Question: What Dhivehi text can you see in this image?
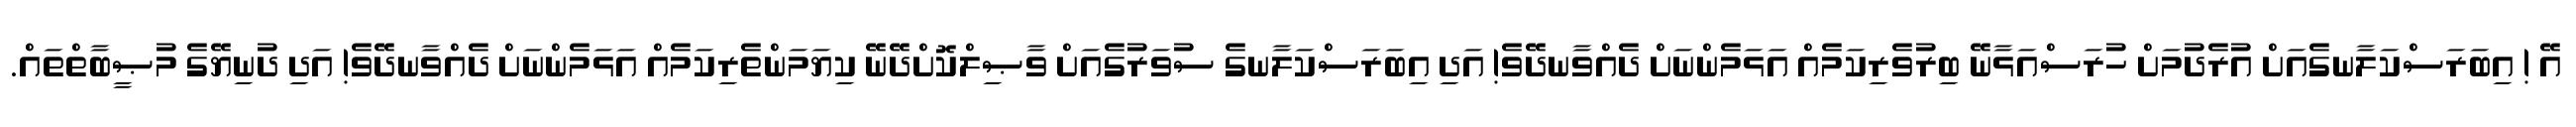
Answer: އޭ ! އިބަރަސްކަލާނގެއަށް އުރެދުމަށް ހުރަސްއަޅާނޭ ބިރުވެރިކަމެއް އަޅަމެންނަށް ދެއްވާނދޭވެ! އަދި އިބަރަސްކަލާނގެ ސުވަރުގެއަށް ވާޞިލްކޮށްދޭނޭ ކިޔަމަންތެރިކަމެއް އަޅަމެންނަށް ދެއްވާނދޭވެ! އަދި ދުނިޔޭގެ މުޞީބާތްތައް.